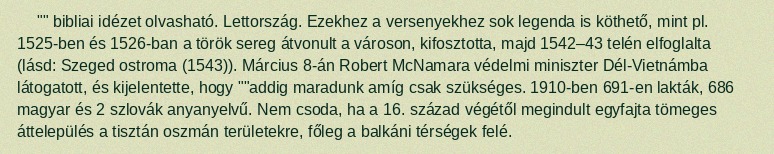
"" bibliai idézet olvasható. Lettország. Ezekhez a versenyekhez sok legenda is köthető, mint pl. 1525-ben és 1526-ban a török sereg átvonult a városon, kifosztotta, majd 1542–43 telén elfoglalta (lásd: Szeged ostroma (1543)). Március 8-án Robert McNamara védelmi miniszter Dél-Vietnámba látogatott, és kijelentette, hogy ""addig maradunk amíg csak szükséges. 1910-ben 691-en lakták, 686 magyar és 2 szlovák anyanyelvű. Nem csoda, ha a 16. század végétől megindult egyfajta tömeges áttelepülés a tisztán oszmán területekre, főleg a balkáni térségek felé.